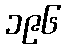
၁၉၆